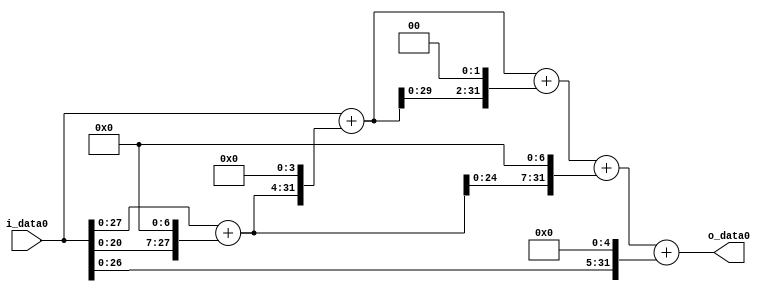
module multiplier_block_41 (
    i_data0,
    o_data0
);
  input   [31:0] i_data0;
  output  [31:0]
    o_data0;
  wire [31:0]
    w1,
    w128,
    w129,
    w2064,
    w2065,
    w8260,
    w10325,
    w16512,
    w26837,
    w32,
    w26869;
  assign w1 = i_data0;
  assign w10325 = w2065 + w8260;
  assign w128 = w1 << 7;
  assign w129 = w1 + w128;
  assign w16512 = w129 << 7;
  assign w2064 = w129 << 4;
  assign w2065 = w1 + w2064;
  assign w26837 = w10325 + w16512;
  assign w26869 = w26837 + w32;
  assign w32 = w1 << 5;
  assign w8260 = w2065 << 2;
  assign o_data0 = w26869;
endmodule